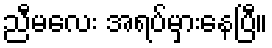
ညီမလေး အရပ်မှားနေပြီ။